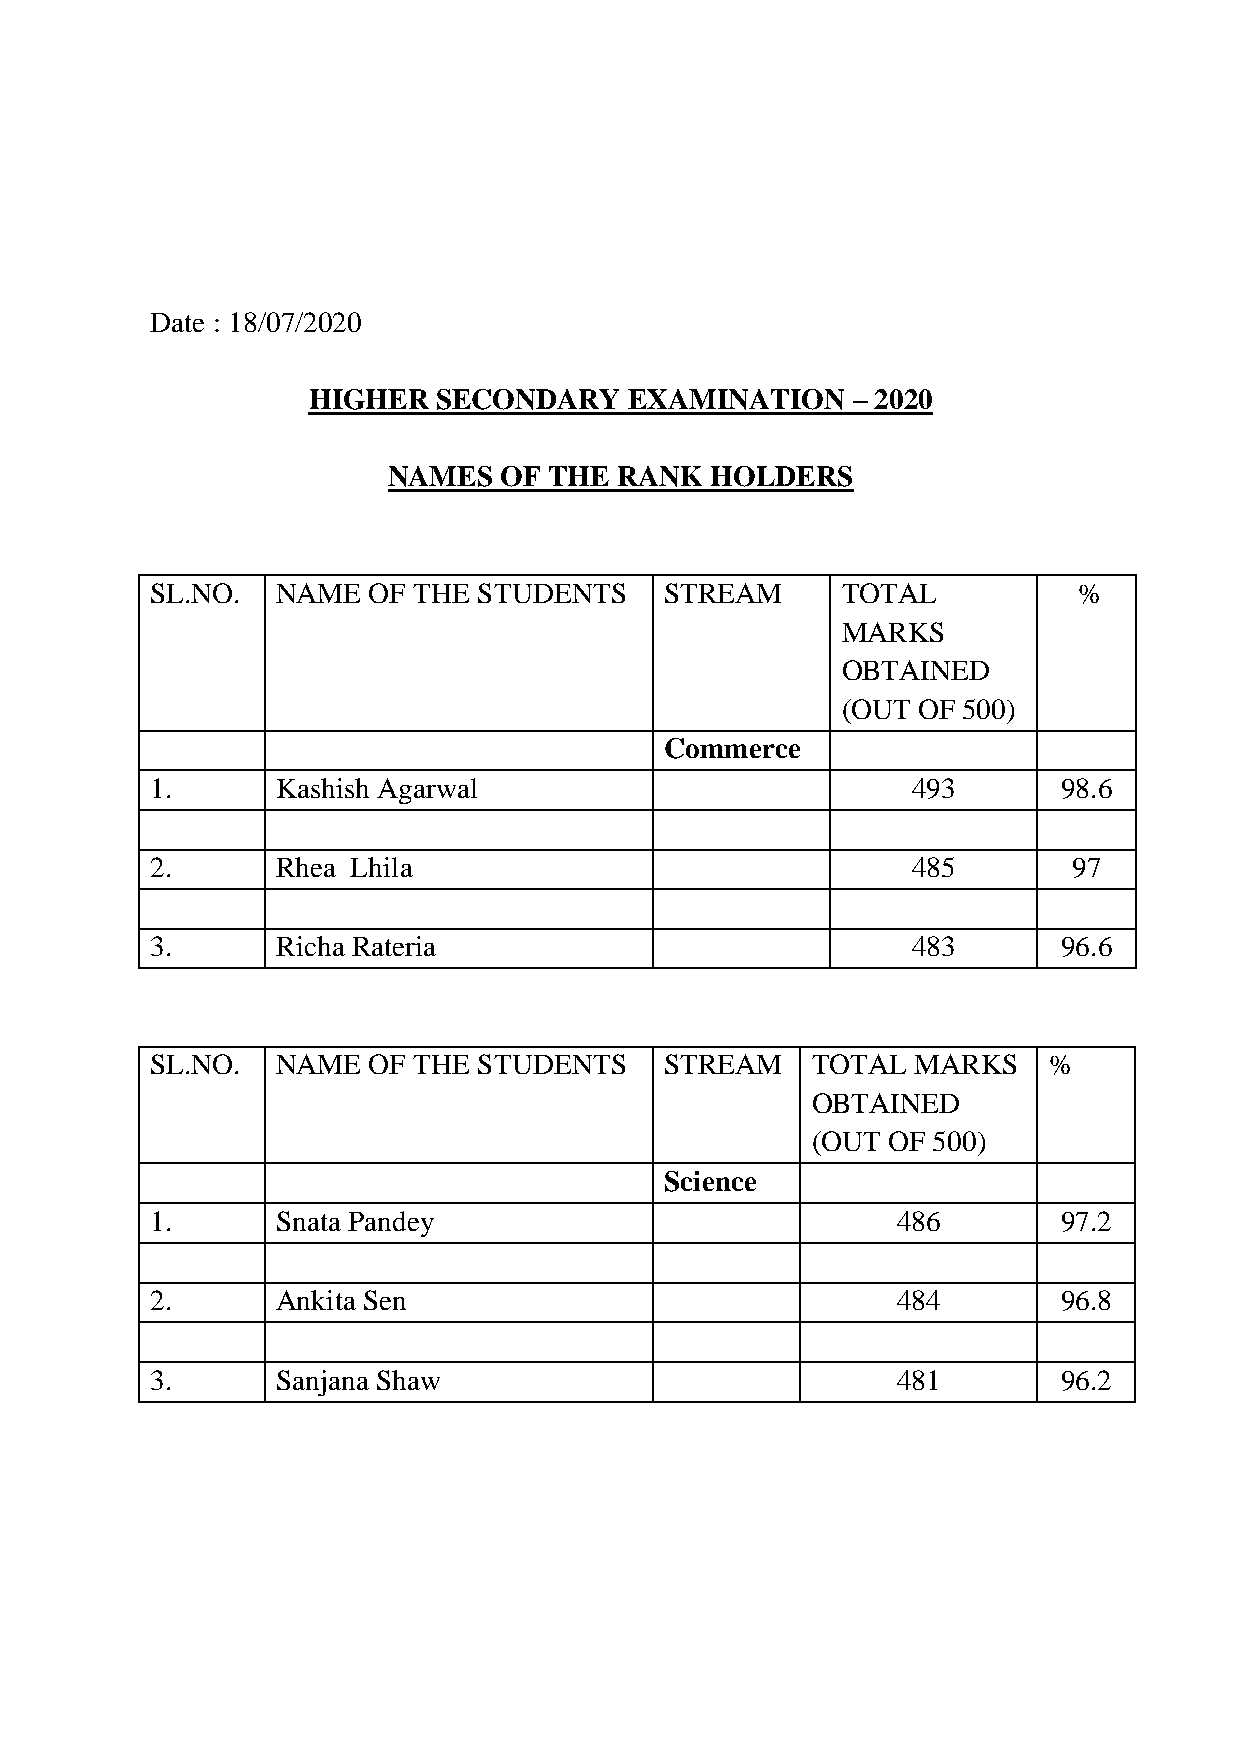
Date : 18/07/2020
 HIGHER   SECONDARY    EXAMINATION   – 2020
 NAMES  OF THE  RANK  HOLDERS
 SL.NO.  NAME  OF THE  STUDENTS    STREAM      TOTAL          %
 MARKS
 OBTAINED
 (OUT OF 500)
 Commerce
 1.      Kashish Agarwal                           493       98.6
 2.      Rhea Lhila                                485        97
 3.      Richa Rateria                             483       96.6
 SL.NO.  NAME  OF THE  STUDENTS    STREAM    TOTAL  MARKS   %
 OBTAINED
 (OUT OF 500)
 Science
 1.      Snata Pandey                             486        97.2
 2.      Ankita Sen                               484        96.8
 3.      Sanjana Shaw                             481        96.2